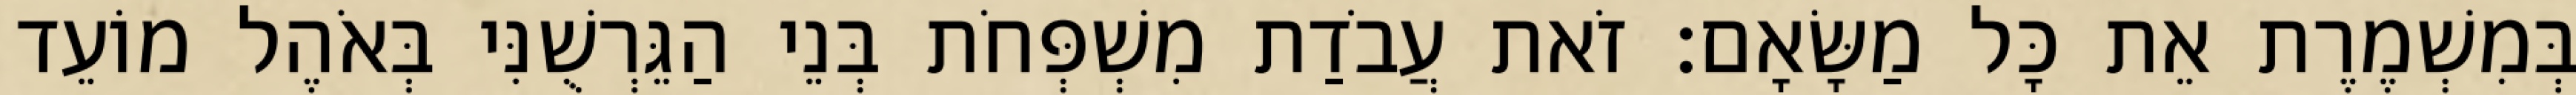
בְּמִשְׁמֶרֶת אֵת כָּל מַשָּׂאָם׃ זֹאת עֲבֹדַת מִשְׁפְּחֹת בְּנֵי הַגֵּרְשֻׁנִּי בְּאֹהֶל מוֹעֵד